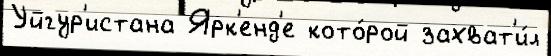
Уйгур'истана Ярк'енд'е кото́рой захват'и́л